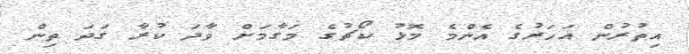
އިތުރުން އަހަރުގެ އެންމެ މޮޅު ކޯޗުގެ މަގާމަށް ވާދަ ކުރާ ގަދަ ތިން